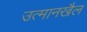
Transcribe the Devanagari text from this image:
उत्मानखैल